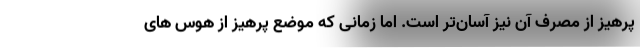
پرهیز از مصرف آن نیز آسان‌تر است. اما زمانی که موضع پرهیز از هوس های